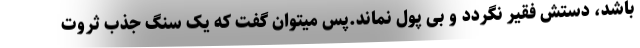
باشد، دستش فقیر نگردد و بی پول نماند.پس میتوان گفت که یک سنگ جذب ثروت